Annual report on the health of the army in India
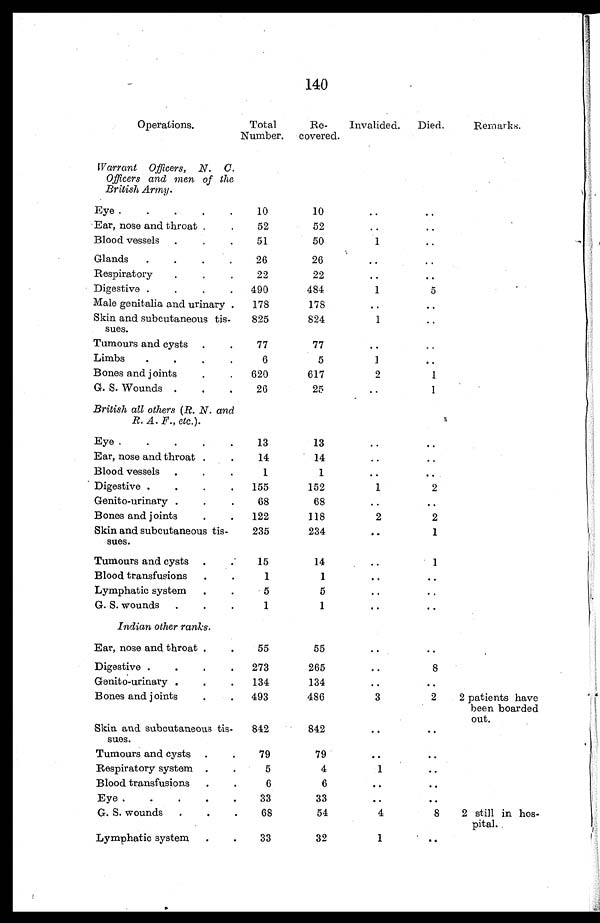
140
Operations.
Total
Number.
Re-
covered.
Invalided.
Died.
Re ma r k s .
Warrant Officers, N. C.
Officers and men of the
British Army.
Eye .
.
.
. .
10
1
. .
..
Ear, nose and throat
.
52
52
Blood vessels
.
. .
51
50
1
..
Glands
.
.
.
.
26
26
..
..
Respiratory
.
. .
22
22
..
Digestive .
.
.
.
490
484
1
5
Male genitalia and urinary .
178
178
Skin and subcutaneous tis-
sues.
825
824
1
..
Tumours and cysts .
.
77
77
..
. .
Limbs
.
.
. .
6
5
1
Bones and joints
.
.
620
617
2
1
G. S. Wounds .
.
.
26
25
1
British all others (R. N. and
R. A. F., etc.).
Eye .
.
.
.
.
13
13
. .
Ear, nose and throat .
.
14
14
..
..
Blood vessels
.
.
.
1
1
Digestive .
.
.
.
155
152
1
2
Genito-urinary .
.
.
68
68
Bones and joints
. .
122
118
2
2
Skin and subcutaneous tis-
sues.
235
234
. .
1
Tumours and cysts .
.
15
14
..
1
Blood transfusions
.
.
1
1
. .
Lymphatic system .
.
5
5
. .
. .
G. S. wounds
.
.
.
1
1
..
..
Indian other ranks.
Ear, nose and throat .
.
55
55
..
. .
Digestive .
.
.
.
273
265
..
8
Genito-urinary . . .
134
134
Bones and joints
.
.
493
486
3
2
2 patients have
been boarded
out.
Skin and subcutaneous tis-
sues.
842
842
..
..
Tumours and cysts .
.
79
79
..
..
Respiratory system .
5
4
1
Blood transfusions
.
6
6
..
. .
Eye .
.
.
.
33
33
..
..
G. S. wounds
.
.
68
54
4
8
2 still in hos-
pital.
Lymphatic system
.
33
32
1
..